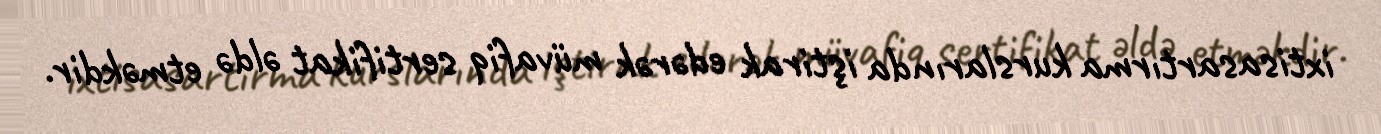
ixtisasartırma kurslarında iştirak edərək müvafiq sertifikat əldə etməkdir.